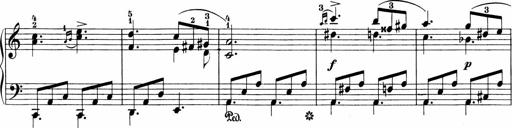
Title: Sonatinen Op.47, 98 und 136, nebst 6 Liedersonatinen
Composer: Carl Reinecke